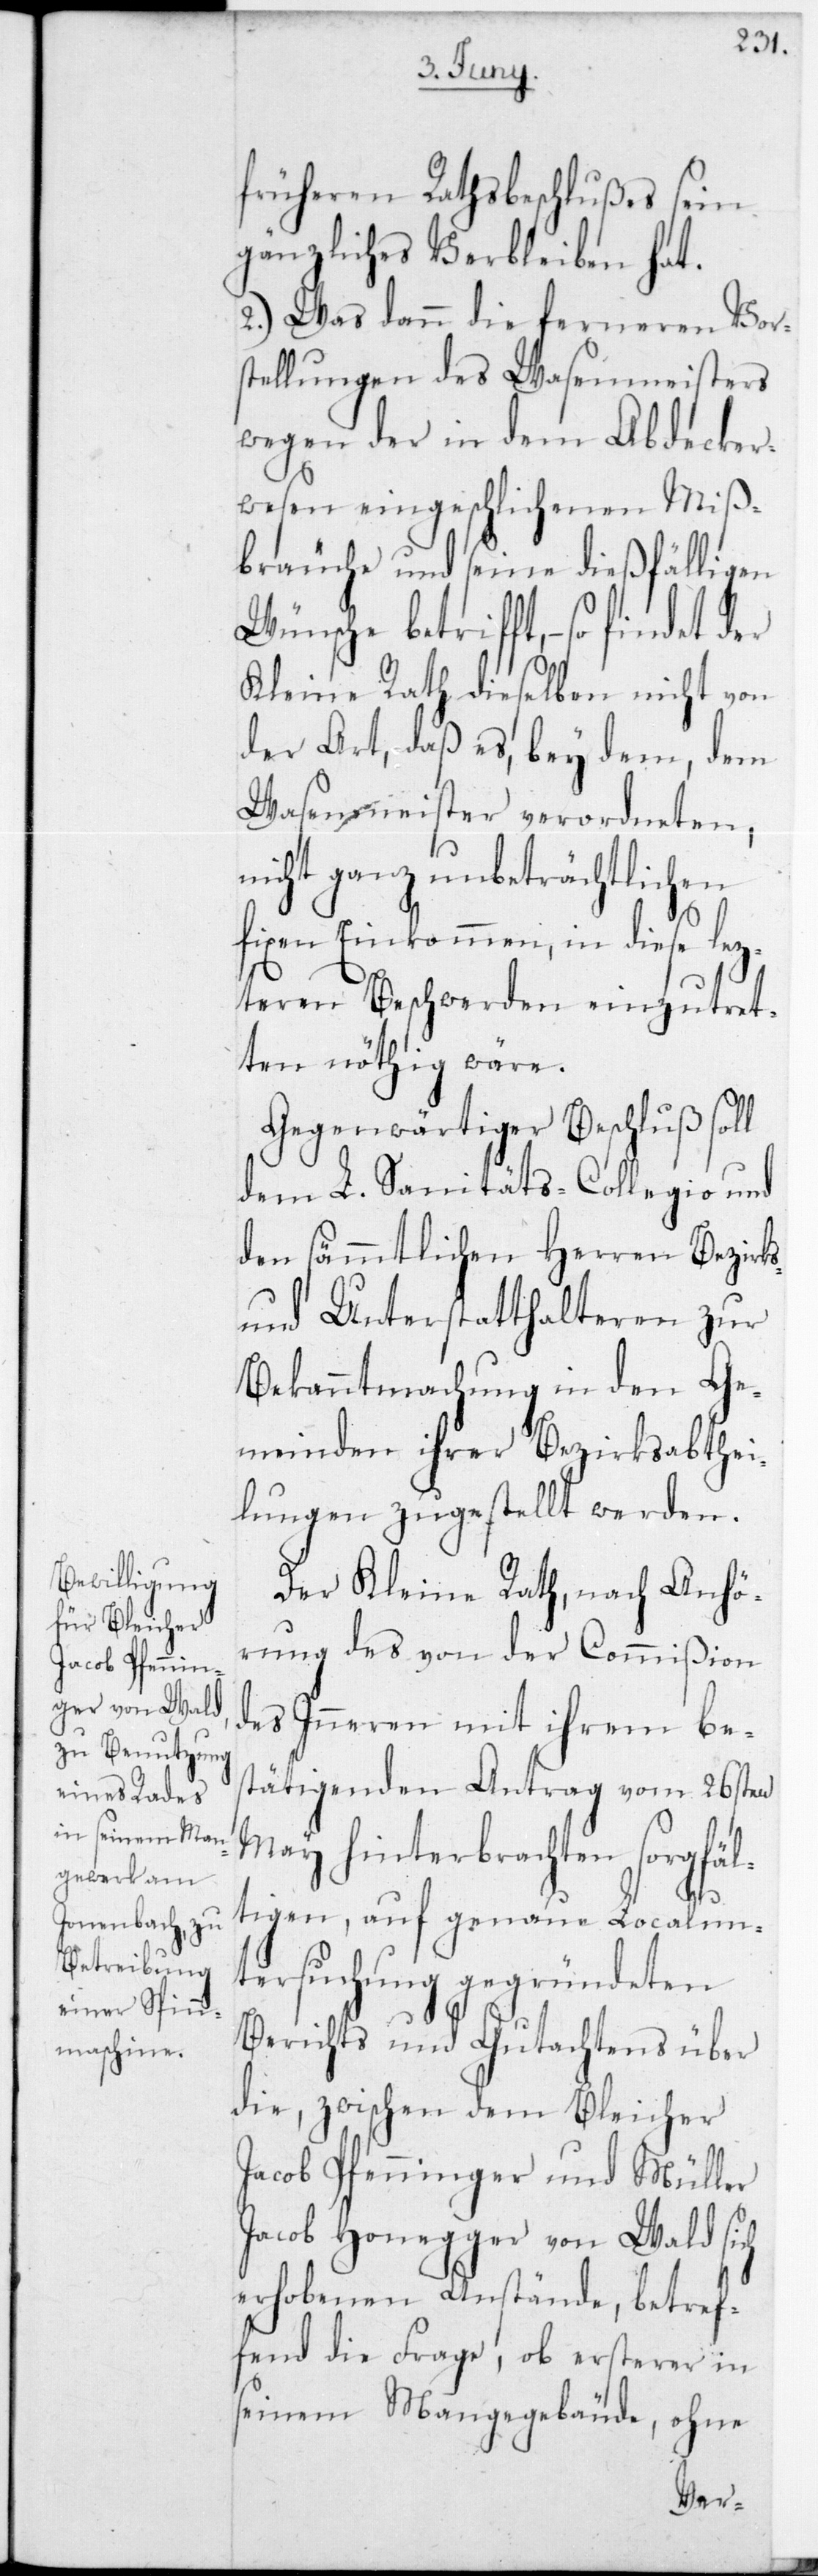
früheren Rathsbeschlußes sein
gänzliches Verbleiben hat.
2.) Was dann die ferneren Vor¬
stellungen des Wasenmeisters
wegen der in dem Abdecker¬
wesen eingeschlichenen Miß¬
bräuche und seine dießfälligen
Wünsche betrifft, – so findet
Kleine Rath dieselben nicht von
der Art, daß es, bey dem, dem
Wasenmeister verordneten;
nicht ganz unbeträchtlichen
fixen Einkommen, in diese lez¬
teren Beschwerden einzutret¬
ten nöthig wäre.
Gegenwärtiger Beschluß soll
dem L. Sanitäts-Collegio und
den sämmtlichen Herren Bezirks-
und Unterstatthalteren zur
Bekanntmachung in den Ge¬
meinden ihrer Bezirksabthei¬
lungen zugestellt werden.
Der Kleine Rath, nach Anhö¬
rung des von der Commißion
des Inneren mit ihrem be¬
stätigenden Antrag vom 26sten
May hinterbrachten sorgfäl¬
tigen, auf genaue Localun¬
tersuchung gegründeten
Berichts und Gutachtens über
die, zwischen dem Bleicher
Jacob Pfenninger und Müller
Jacob Honegger von Wald sich
erhobenen Anstände, betref¬
fend die Frage, ob ersterer in
seinem Mangegebäude, ohne